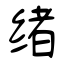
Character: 绪